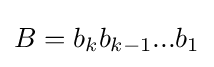
B={b_{k}}{b_{k-1}}...{b_{1}}